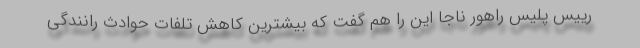
رییس پلیس راهور ناجا این را هم گفت که بیشترین کاهش تلفات حوادث رانندگی